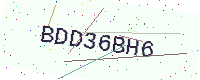
Text: BDD36BH6